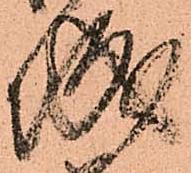
城